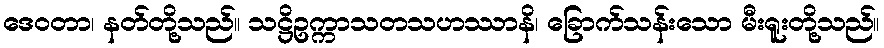
ဒေဝတာ၊ နတ်တို့သည်။ သဋ္ဌိဥက္ကာသတသဟဿာနိ၊ ခြောက်သန်းသော မီးရူးတို့သည်။